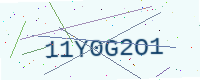
Text: 11Y0G2O1